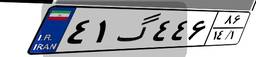
۸۹گ۴۴۷۳۸